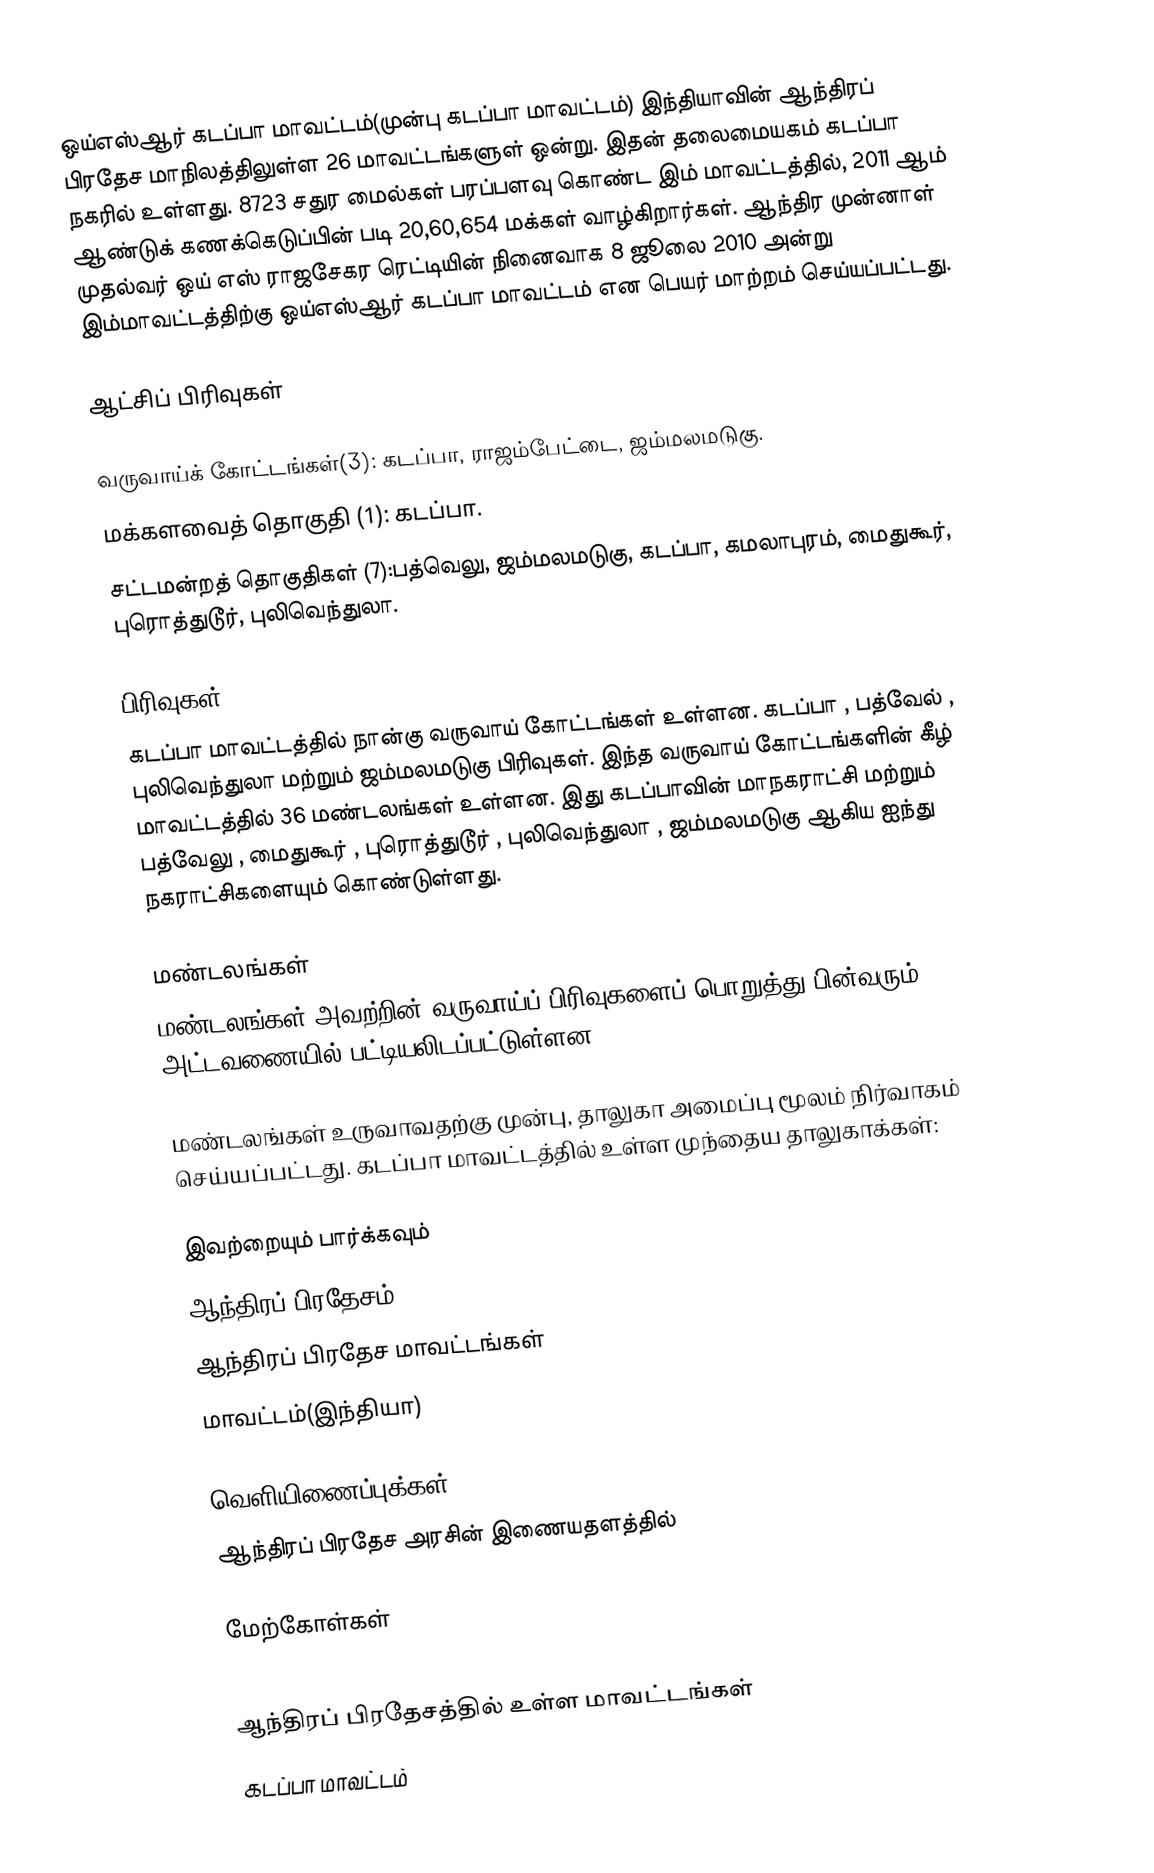
ஒய்எஸ்ஆர் கடப்பா மாவட்டம்(முன்பு கடப்பா மாவட்டம்) இந்தியாவின் ஆந்திரப் பிரதேச மாநிலத்திலுள்ள 26 மாவட்டங்களுள் ஒன்று. இதன் தலைமையகம் கடப்பா நகரில் உள்ளது. 8723 சதுர மைல்கள் பரப்பளவு கொண்ட இம் மாவட்டத்தில், 2011 ஆம் ஆண்டுக் கணக்கெடுப்பின் படி 20,60,654 மக்கள் வாழ்கிறார்கள். ஆந்திர முன்னாள் முதல்வர் ஒய் எஸ் ராஜசேகர ரெட்டியின் நினைவாக 8 ஜூலை 2010 அன்று இம்மாவட்டத்திற்கு ஒய்எஸ்ஆர் கடப்பா மாவட்டம் என பெயர் மாற்றம் செய்யப்பட்டது.

ஆட்சிப் பிரிவுகள்

 வருவாய்க் கோட்டங்கள்(3): கடப்பா, ராஜம்பேட்டை, ஜம்மலமடுகு.
 மக்களவைத் தொகுதி (1): கடப்பா.
 சட்டமன்றத் தொகுதிகள் (7):பத்வெலு, ஜம்மலமடுகு, கடப்பா, கமலாபுரம், மைதுகூர், புரொத்துடூர், புலிவெந்துலா.

பிரிவுகள்
கடப்பா மாவட்டத்தில் நான்கு வருவாய் கோட்டங்கள் உள்ளன. கடப்பா , பத்வேல் , புலிவெந்துலா மற்றும் ஜம்மலமடுகு பிரிவுகள்.  இந்த வருவாய் கோட்டங்களின் கீழ் மாவட்டத்தில் 36 மண்டலங்கள் உள்ளன.   இது கடப்பாவின் மாநகராட்சி மற்றும் பத்வேலு , மைதுகூர் , புரொத்துடூர் , புலிவெந்துலா , ஜம்மலமடுகு ஆகிய ஐந்து நகராட்சிகளையும் கொண்டுள்ளது.

மண்டலங்கள்
மண்டலங்கள் அவற்றின் வருவாய்ப் பிரிவுகளைப் பொறுத்து பின்வரும் அட்டவணையில் பட்டியலிடப்பட்டுள்ளன:

மண்டலங்கள் உருவாவதற்கு முன்பு, தாலுகா அமைப்பு மூலம் நிர்வாகம் செய்யப்பட்டது. கடப்பா மாவட்டத்தில் உள்ள முந்தைய தாலுகாக்கள்:

இவற்றையும் பார்க்கவும்
 ஆந்திரப் பிரதேசம்
 ஆந்திரப் பிரதேச மாவட்டங்கள்
 மாவட்டம்(இந்தியா)

வெளியிணைப்புக்கள்
 ஆந்திரப் பிரதேச அரசின் இணையதளத்தில்

மேற்கோள்கள்

ஆந்திரப் பிரதேசத்தில் உள்ள மாவட்டங்கள்
கடப்பா மாவட்டம்